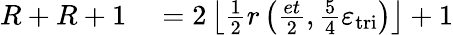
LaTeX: \begin{array}{rl}{R+R+1}&{{}=2\left\lfloor\frac{1}{2}r\left(\frac{et}{2},\frac{5}{4}\varepsilon_{\mathrm{tri}}\right)\right\rfloor+1}\end{array}